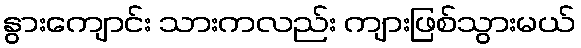
နွားကျောင်း သားကလည်း ကျားဖြစ်သွားမယ်